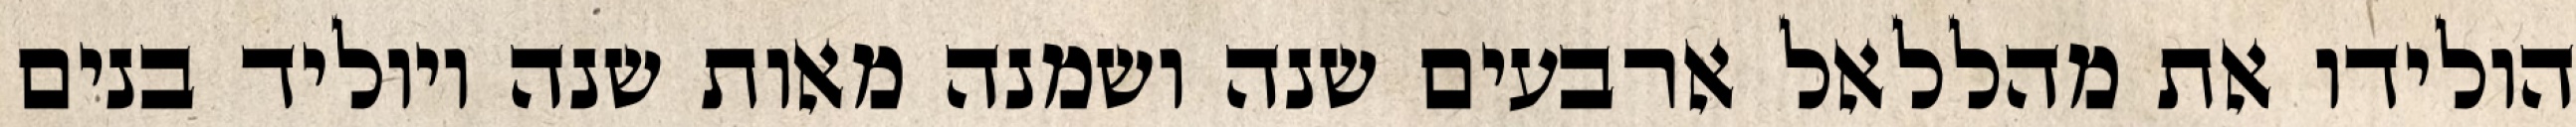
הולידו את מהללאל ארבעים שנה ושמנה מאות שנה ויוליד בנים